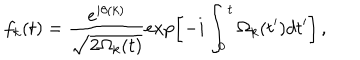
f _ { k } ( t ) = \frac { e ^ { i \theta ( k ) } } { \sqrt { 2 \Omega _ { k } ( t ) } } \exp \left[ - i \int _ { 0 } ^ { t } \Omega _ { k } ( t ^ { \prime } ) d t ^ { \prime } \right] \, ,